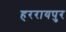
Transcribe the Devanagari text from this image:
हररायपुर